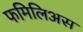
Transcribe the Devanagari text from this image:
फमिलिअस